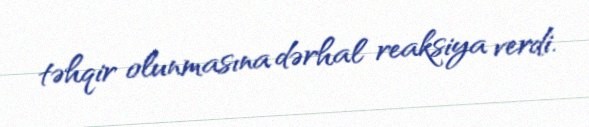
təhqir olunmasına dərhal reaksiya verdi.